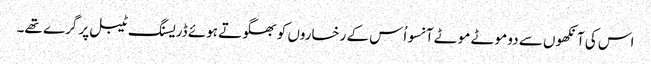
اس کی آنکھوں سے دو موٹے موٹے آنسو اُس کے رخساروں کو بھگوتے ہوئے ڈریسنگ ٹیبل پر گرے تھے۔